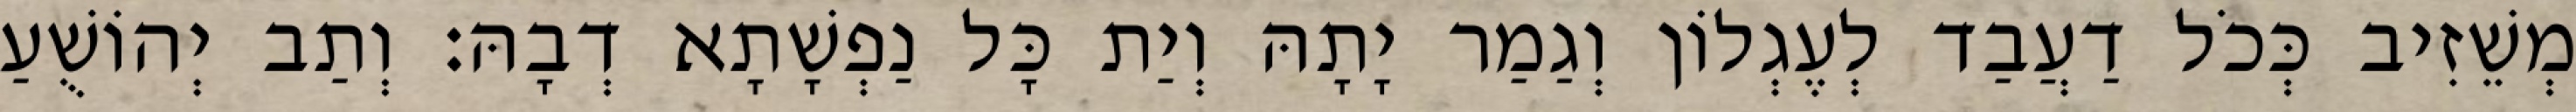
מְשֵׁזִיב כְּכֹל דַעֲבַד לְעֶגְלוֹן וְגַמַר יָתָהּ וְיַת כָּל נַפְשָׁתָא דְבָהּ׃ וְתַב יְהוֹשֻׁעַ